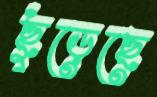
ছুঁড়েছে